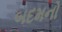
બદમનો